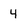
Character: 4